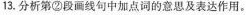
13.分析第②段画线句中加点词的意思及表达作用。